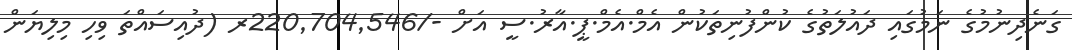
ގަނެދިނުމުގެ ނަމުގައި ދައުލަތުގެ ކުންފުނިތަކުން އެމް.އެމް.ޕީ.އާރު.ސީ އަށް -/220